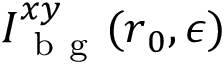
I _ { \mathrm { ~ b ~ g ~ } } ^ { x y } ( \boldsymbol { r } _ { 0 } , \epsilon )